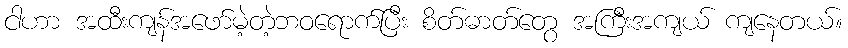
ငါဟာ အထီးကျန်အဖော်မဲ့တဲ့ဘဝရောက်ပြီး စိတ်ဓာတ်တွေ အကြီးအကျယ် ကျနေတယ်။